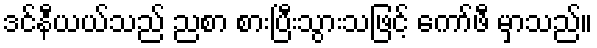
ဒင်နီယယ်သည် ညစာ စားပြီးသွားသဖြင့် ကော်ဖီ မှာသည်။